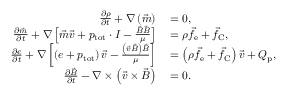
\begin{array} { r l } { \frac { \partial \rho } { \partial t } + \nabla \left( \vec { m } \right) } & { { } = 0 , } \\ { \frac { \partial \vec { m } } { \partial t } + \nabla \left[ \vec { m } \vec { v } + p _ { \mathrm { t o t } } \cdot I - \frac { \vec { B } \vec { B } } { \mu } \right] } & { { } = \rho \vec { f } _ { \mathrm { e } } + \vec { f } _ { \mathrm { C } } , } \\ { \frac { \partial e } { \partial t } + \nabla \left[ \left( e + p _ { \mathrm { t o t } } \right) \vec { v } - \frac { \left( \vec { v } \vec { B } \right) \vec { B } } { \mu } \right] } & { { } = \left( \rho \vec { f } _ { \mathrm { e } } + \vec { f } _ { \mathrm { C } } \right) \vec { v } + Q _ { \mathrm { p } } , } \\ { \frac { \partial \vec { B } } { \partial t } - \nabla \times \left( \vec { v } \times \vec { B } \right) } & { { } = 0 . } \end{array}